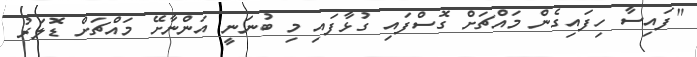
"ފައިސާ ހިފައިގެން މައްޗަށް ގޮސްފައި ގުޅާފައި މި ބުނަނީ އަންނާށޭ މައްޗަށް ޑޮލަރު